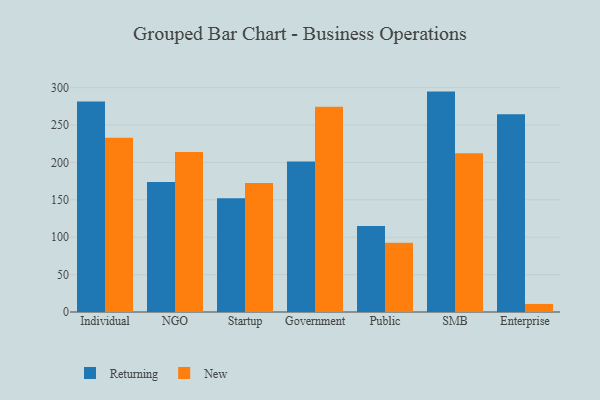
{"axis": {"x": "Segment", "y": "Revenue (USD Million)"}, "legend": ["New", "Returning"], "data": [{"x": "Individual", "y": 281.5, "type": "Returning"}, {"x": "Individual", "y": 233.1, "type": "New"}, {"x": "NGO", "y": 173.8, "type": "Returning"}, {"x": "NGO", "y": 214.0, "type": "New"}, {"x": "Startup", "y": 152.1, "type": "Returning"}, {"x": "Startup", "y": 172.4, "type": "New"}, {"x": "Government", "y": 201.4, "type": "Returning"}, {"x": "Government", "y": 274.3, "type": "New"}, {"x": "Public", "y": 115.0, "type": "Returning"}, {"x": "Public", "y": 92.7, "type": "New"}, {"x": "SMB", "y": 294.7, "type": "Returning"}, {"x": "SMB", "y": 212.4, "type": "New"}, {"x": "Enterprise", "y": 264.5, "type": "Returning"}, {"x": "Enterprise", "y": 10.8, "type": "New"}]}